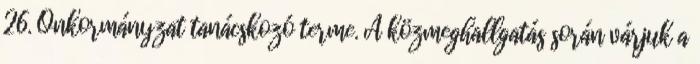
26. Önkormányzat tanácskozó terme. A közmeghallgatás során várjuk a